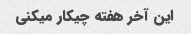
این آخر هفته چیکار میکنی